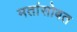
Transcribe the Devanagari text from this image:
मतांसोबत